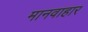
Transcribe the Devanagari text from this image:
मानवाहार